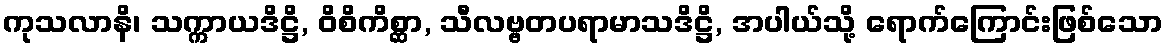
ကုသလာနိ၊ သက္ကာယဒိဋ္ဌိ, ဝိစိကိစ္ဆာ, သီလဗ္ဗတပရာမာသဒိဋ္ဌိ, အပါယ်သို့ ရောက်ကြောင်းဖြစ်သော